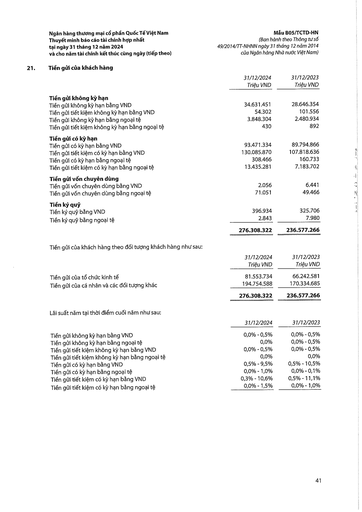
||31/12/2024 Triệu VND|31/12/2023 Triệu VND| |---|---|---| |Tiền gửi không kỳ hạn||| |Tiền gửi không kỳ hạn bằng VND|34631451|28646354| |Tiền gửi tiết kiệm không kỳ hạn bằng VND|54302|101556| |Tiền gửi không kỳ hạn bằng ngoại tệ|3848304|2480934| |Tiền gửi tiết kiệm không kỳ hạn bằng ngoại tệ|430|892| |Tiền gửi có kỳ hạn||| |Tiền gửi có kỳ hạn bằng VND|93471334|89794866| |Tiền gửi tiết kiệm có kỳ hạn bằng VND|130085870|107818636| |Tiền gửi có kỳ hạn bằng ngoại tệ|308466|160733| |Tiền gửi tiết kiệm có kỳ hạn bằng ngoại tệ|13435281|7183702| |Tiền gửi vốn chuyên dụng||| |Tiền gửi vốn chuyên dụng bằng VND|2056|6441| |Tiền gửi vốn chuyên dụng bằng ngoại tệ|71051|49466| |Tiền ký quỹ||| |Tiền ký quỹ bằng VND|396934|325706| |Tiền ký quỹ bằng ngoại tệ|2843|7980| ||276308322|236577266| ||31/12/2024 Triệu VND|31/12/2023 Triệu VND| |---|---|---| |Tiền gửi của tổ chức kinh tế|81553734|66242581| |Tiền gửi của cá nhân và các đối tượng khác|194754588|170334685| ||276308322|236577266| ||31/12/2024|31/12/2023| |---|---|---| |Tiền gửi không kỳ hạn bằng VND|0,0% - (0,5%)|0,0% - 0,5%| |Tiền gửi không kỳ hạn bằng ngoại tệ|0,0%|0,0% - 0,5%| |Tiền gửi tiết kiệm không kỳ hạn bằng VND|0,0% - 0,5%|0,0% - 0,5%| |Tiền gửi tiết kiệm không kỳ hạn bằng ngoại tệ|0,0%|0,0%| |Tiền gửi có kỳ hạn bằng VND|0,5% - 9,5%|0,5% - 10,5%| |Tiền gửi có kỳ hạn bằng ngoại tệ|0,0% - 1,0%|0,0% - 0,1%| |Tiền gửi tiết kiệm có kỳ hạn bằng VND|0,3% - 10,6%|0,5% - 11,1%| |Tiền gửi tiết kiệm có kỳ hạn bằng ngoại tệ|0,0% - 1,5%|0,0% - 1,0%|